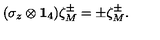
( \sigma _ { z } \otimes { \bf 1 } _ { 4 } ) \zeta _ { M } ^ { \pm } = \pm \zeta _ { M } ^ { \pm } .